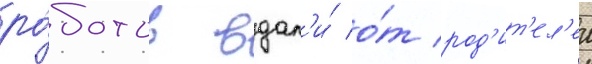
ро́ботов вдал'и́ о́т род'ит'ел'еи